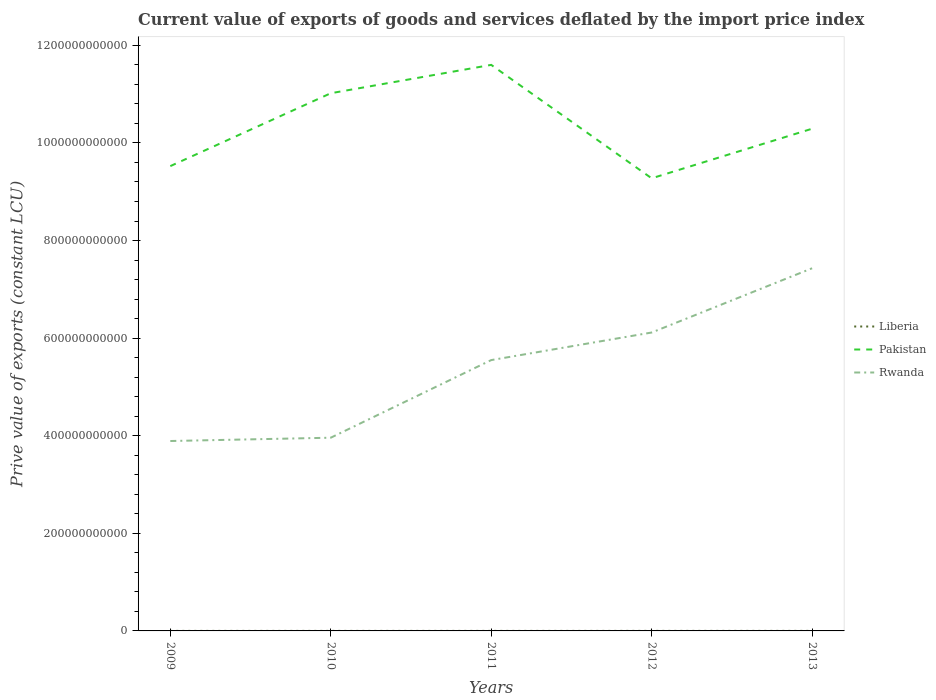
| Years | Liberia | Pakistan | Rwanda |
 | --- | --- | --- | --- |
 | 2009 | 5.25e+07 | 9.52e+11 | 3.89e+11 |
 | 2010 | 5.83e+07 | 1.1e+12 | 3.96e+11 |
 | 2011 | 6.47e+07 | 1.16e+12 | 5.55e+11 |
 | 2012 | 8.26e+07 | 9.28e+11 | 6.12e+11 |
 | 2013 | 1.02e+08 | 1.03e+12 | 7.43e+11 |